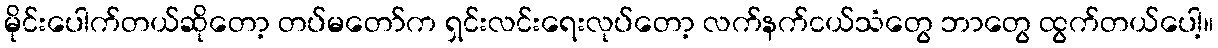
မိုင်းပေါက်တယ်ဆိုတော့ တပ်မတော်က ရှင်းလင်းရေးလုပ်တော့ လက်နက်ငယ်သံတွေ ဘာတွေ ထွက်တယ်ပေါ့။